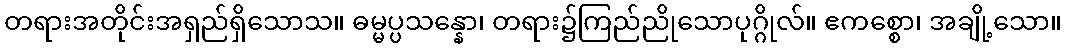
တရားအတိုင်းအရှည်ရှိသောသ။ ဓမ္မပ္ပသန္နော၊ တရား၌ကြည်ညိုသောပုဂ္ဂိုလ်။ ဧကစ္စော၊ အချို့သော။